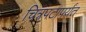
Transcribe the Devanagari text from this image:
चित्रपटापर्यंत